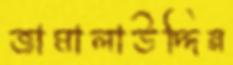
জামালাউদ্দিন